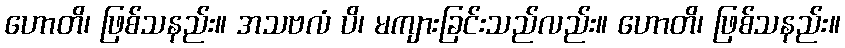
ဟောတိ၊ ဖြစ်သနည်း။ အသဗလံ ပိ၊ မကျားခြင်းသည်လည်း။ ဟောတိ၊ ဖြစ်သနည်း။